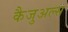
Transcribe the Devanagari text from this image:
कैजुअल्स